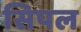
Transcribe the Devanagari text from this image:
सिपल